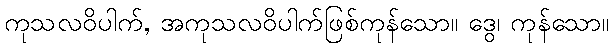
ကုသလဝိပါက်, အကုသလဝိပါက်ဖြစ်ကုန်သော။ ဒွေ၊ ကုန်သော။